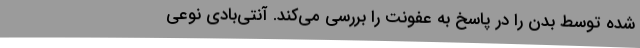
شده توسط بدن را در پاسخ به عفونت را بررسی می‌کند. آنتی‌بادی نوعی